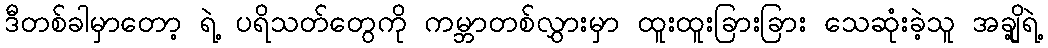
ဒီတစ်ခါမှာတော့ ရဲ့ ပရိသတ်တွေကို ကမ္ဘာတစ်လွှားမှာ ထူးထူးခြားခြား သေဆုံးခဲ့သူ အချို့ရဲ့